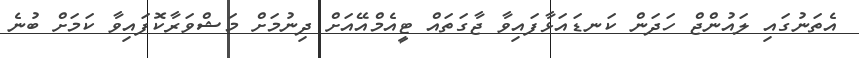
އެތަނުގައި ލައުންޖް ހަދަން ކަނޑައަޅާފައިވާ ޖާގަތައް ޓީއެމްއޭއަށް ދިނުމަށް މަޝްވަރާކޮފައިވާ ކަމަށް ބުނެ